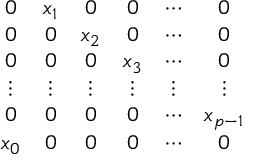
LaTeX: \begin{array} { c c c c c c } { { 0 } } & { { x _ { 1 } } } & { { 0 } } & { { 0 } } & { { \cdots } } & { { 0 } } \\ { { 0 } } & { { 0 } } & { { x _ { 2 } } } & { { 0 } } & { { \cdots } } & { { 0 } } \\ { { 0 } } & { { 0 } } & { { 0 } } & { { x _ { 3 } } } & { { \cdots } } & { { 0 } } \\ { { \vdots } } & { { \vdots } } & { { \vdots } } & { { \vdots } } & { { \vdots } } & { { \vdots } } \\ { { 0 } } & { { 0 } } & { { 0 } } & { { 0 } } & { { \cdots } } & { { x _ { p - 1 } } } \\ { { x _ { 0 } } } & { { 0 } } & { { 0 } } & { { 0 } } & { { \cdots } } & { { 0 } } \end{array}